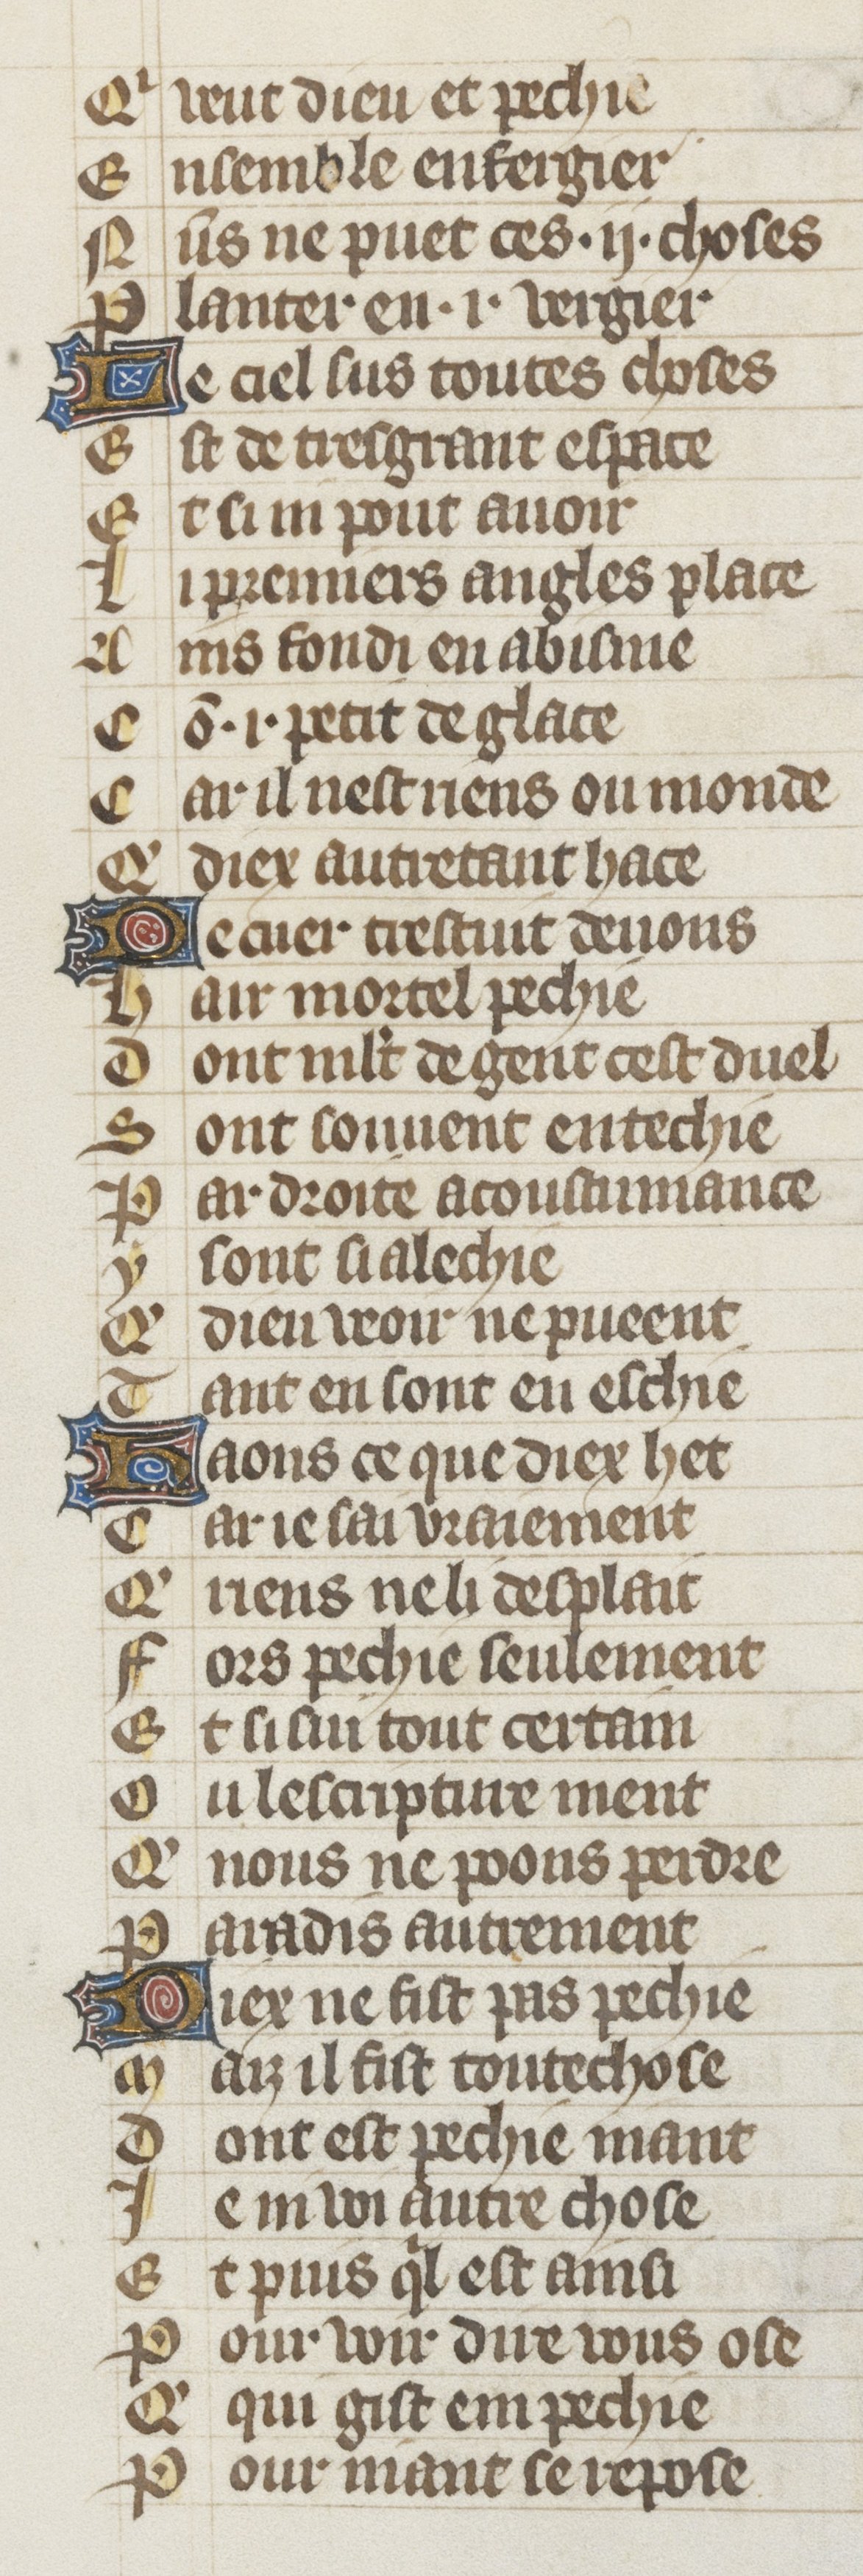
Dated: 1353–1353